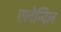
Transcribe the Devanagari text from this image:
एलेन्दिल